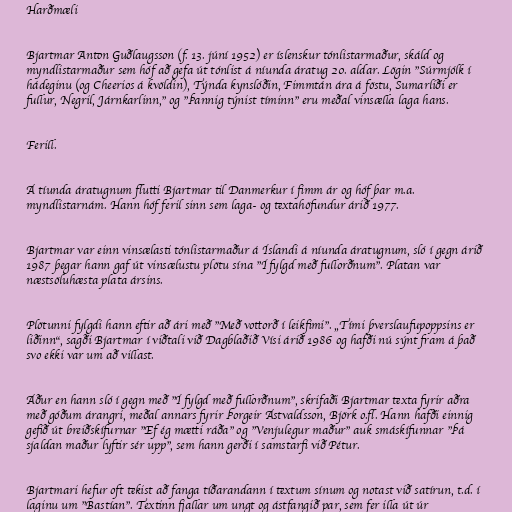
Harðmæli

Bjartmar Anton Guðlaugsson (f. 13. júní 1952) er íslenskur tónlistarmaður, skáld og
myndlistarmaður sem hóf að gefa út tónlist á níunda áratug 20. aldar. Lögin "Súrmjólk í
hádeginu (og Cheerios á kvöldin), Týnda kynslóðin, Fimmtán ára á föstu, Sumarliði er
fullur, Negril, Járnkarlinn," og "Þannig týnist tíminn" eru meðal vinsælla laga hans.

Ferill.

Á tíunda áratugnum flutti Bjartmar til Danmerkur í fimm ár og hóf þar m.a.
myndlistarnám. Hann hóf feril sinn sem laga- og textahöfundur árið 1977.

Bjartmar var einn vinsælasti tónlistarmaður á Íslandi á níunda áratugnum, sló í gegn árið
1987 þegar hann gaf út vinsælustu plötu sína "Í fylgd með fullorðnum". Platan var
næstsöluhæsta plata ársins.

Plötunni fylgdi hann eftir að ári með "Með vottorð í leikfimi". „Tími þverslaufupoppsins er
liðinn“, sagði Bjartmar í viðtali við Dagblaðið Vísi árið 1986 og hafði nú sýnt fram á það
svo ekki var um að villast.

Áður en hann sló í gegn með "Í fylgd með fullorðnum", skrifaði Bjartmar texta fyrir aðra
með góðum árangri, meðal annars fyrir Þorgeir Ástvaldsson, Björk o.fl. Hann hafði einnig
gefið út breiðskífurnar "Ef ég mætti ráða" og "Venjulegur maður" auk smáskífunnar "Þá
sjaldan maður lyftir sér upp", sem hann gerði í samstarfi við Pétur.

Bjartmari hefur oft tekist að fanga tíðarandann í textum sínum og notast við satírun, t.d. í
laginu um "Bastían". Textinn fjallar um ungt og ástfangið par, sem fer illa út úr